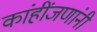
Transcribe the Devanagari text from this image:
कांहींजणांनी